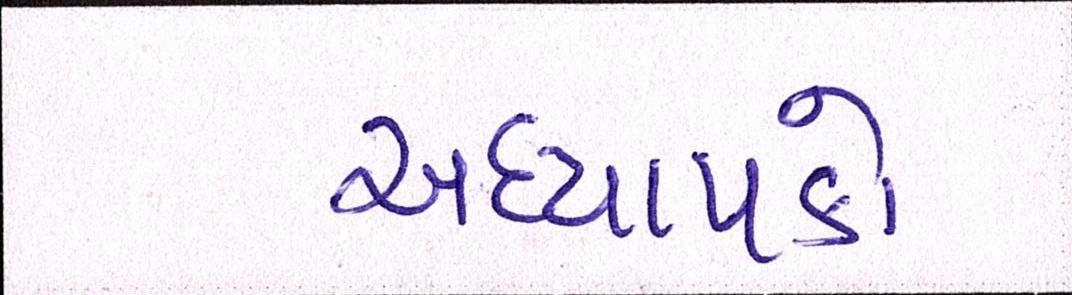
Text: અધ્યાપકો